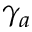
\gamma _ { a }